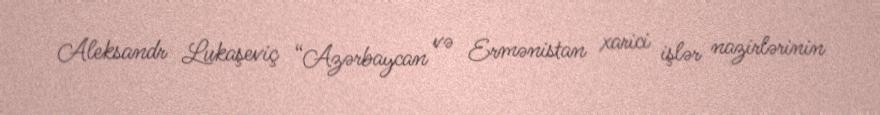
Aleksandr Lukaşeviç “Azərbaycan və Ermənistan xarici işlər nazirlərinin